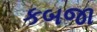
કબજા